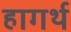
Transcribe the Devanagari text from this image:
हागर्थ